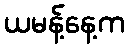
ယမန့်နေ့က